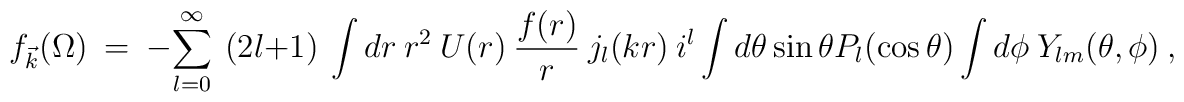
f_{\vec k}(\Omega)~=~-\sum_{l=0}^{\infty}~(2l+1)~\int dr~r^2~U(r)~\frac{f(r)}{r}~j_l(kr)~i^l \int d\theta \sin \theta P_l(\cos\theta)  \int d\phi ~Y_{lm}(\theta,\phi)~,